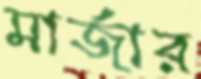
মার্জার